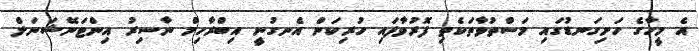
އެ މީހާގެ ހަށިގަނޑުގައި މަސްތުވާތަކެތި ފޮރުވާފައި ހުރިކަން އެނގުނީ އިބްރާހިމް ނާސިރު އިންޓަނޭޝަނަލް